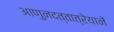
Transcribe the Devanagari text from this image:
आणुनदत्तात्रेयानें